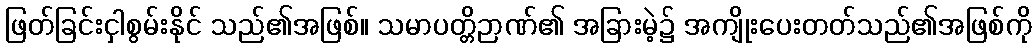
ဖြတ်ခြင်းငှါစွမ်းနိုင် သည်၏အဖြစ်။ သမာပတ္တိဉာဏ်၏ အခြားမဲ့၌ အကျိုးပေးတတ်သည်၏အဖြစ်ကို